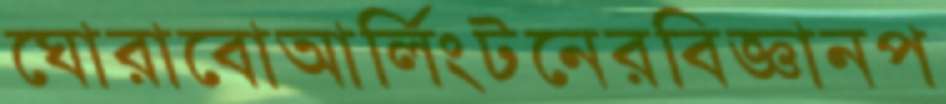
ঘোরাবোআর্লিংটনেরবিজ্ঞানপ